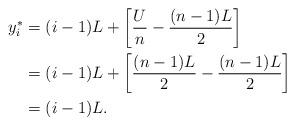
LaTeX: \begin{align*} y^*_i &=(i-1)L+\left[\frac{U}{n}-\frac{(n-1)L}{2}\right] \\ &=(i-1)L+\left[\frac{(n-1)L}{2}-\frac{(n-1)L}{2}\right] \\ &= (i-1)L. \end{align*}